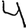
Digit: 4